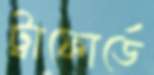
ট্রাফোর্ডে